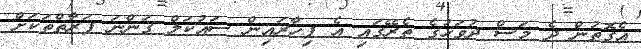
އެގޮތުން ދެ މަސް ދުވަހުގެ ތެރޭގައި އެ ފިހާރައިން ސައުކަލް ގަންނަ ފަރާތްތަކަށް